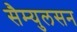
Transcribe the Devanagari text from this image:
सैम्युलसन